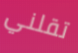
تقلني